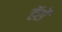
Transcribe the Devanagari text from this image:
हॅसें